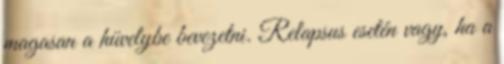
magasan a hüvelybe bevezetni. Relapsus esetén vagy, ha a